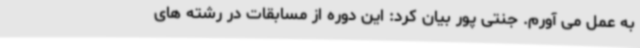
به عمل می آورم. جنتی پور بیان کرد: این دوره از مسابقات در رشته های